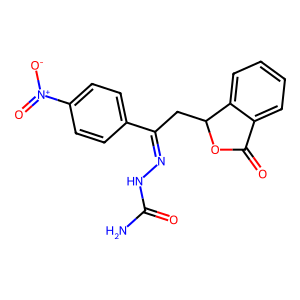
SMILES: NC(=O)NN=C(CC1OC(=O)c2ccccc21)c1ccc([N+](=O)[O-])cc1
Inhibits HIV replication: No